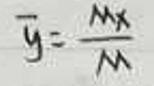
$\overline{y} = \frac{\sum x}{n}$